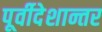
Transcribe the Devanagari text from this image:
पूर्वीदेशान्तर